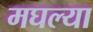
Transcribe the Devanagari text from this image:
मघल्या